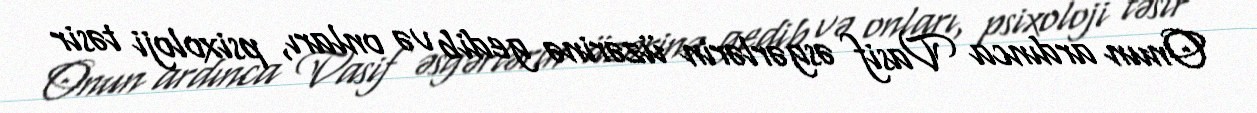
Onun ardınca Vasif əsgərlərin üzərinə gedib və onları, psixoloji təsir